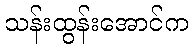
သန်းထွန်းအောင်က